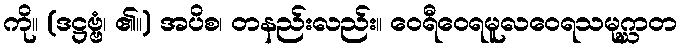
ကို။ (ဒဋ္ဌဗ္ဗံ၊ ၏။) အပိစ၊ တနည်းလည်း။ ဝေရီဝေရမူလဝေရသမုဂ္ဃာတ